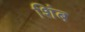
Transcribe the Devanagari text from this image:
शिंब